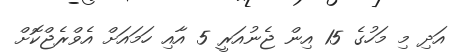
އަދި މި މަހުގެ 15 އިން ޖެނުއަރީ 5 އާއި ހަމައަށް އެވްރެޖްކޮށް